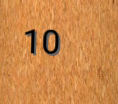
10